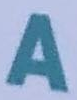
A